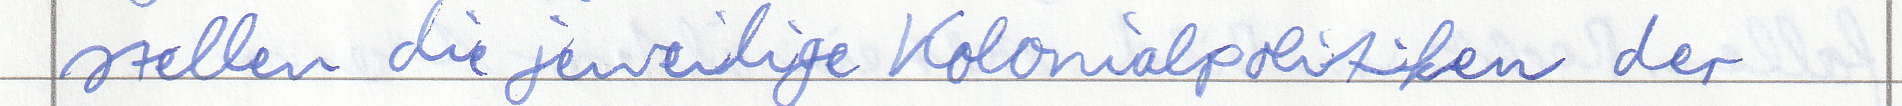
stellen die jeweilige Kolonialpolitiken der